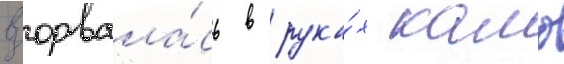
взорвала́сь в рука́х камо